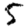
Digit: 5